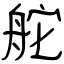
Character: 舵